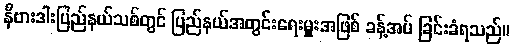
နီဗားဒါးပြည်နယ်သစ်တွင် ပြည်နယ်အတွင်းရေးမှူးအဖြစ် ခန့်အပ် ခြင်းခံရသည်။